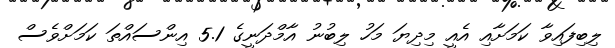
ލިބިފައިވާ ކަމަށާއި އެއީ މިދިޔަ މަހު ލިބުނު އާމްދަނީގެ 5.1 އިންސައްތަ ކަމަށްވެސް